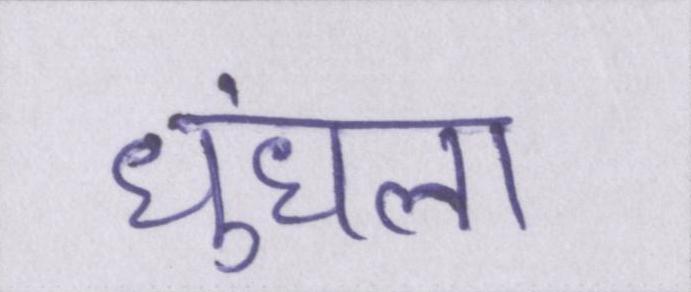
धुंधला